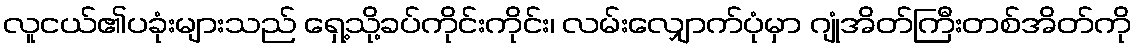
လူငယ်၏ပခုံးများသည် ရှေ့သို့ခပ်ကိုင်းကိုင်း၊ လမ်းလျှောက်ပုံမှာ ဂျုံအိတ်ကြီးတစ်အိတ်ကို